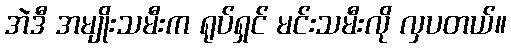
အဲဒီ အမျိုးသမီးက ရုပ်ရှင် မင်းသမီးလို လှပတယ်။